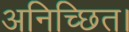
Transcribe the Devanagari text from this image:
अनिच्छित।